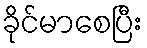
ခိုင်မာစေပြီး